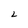
Character: 2